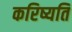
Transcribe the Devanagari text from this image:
करिष्यति